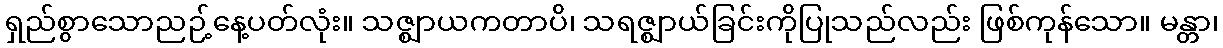
ရှည်စွာသောညဉ့်နေ့ပတ်လုံး။ သဇ္ဈာယကတာပိ၊ သရဇ္ဈာယ်ခြင်းကိုပြုသည်လည်း ဖြစ်ကုန်သော။ မန္တာ၊